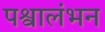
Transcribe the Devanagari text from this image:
पश्वालंभन